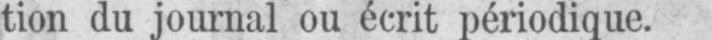
tion du journal ou écrit périodique.